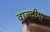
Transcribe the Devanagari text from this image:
वाल्दीमर